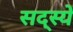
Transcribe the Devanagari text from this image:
सद्स्ये